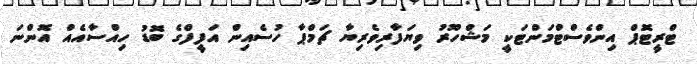
ޓްރީޓޮޕް އިންވެސްޓްމަންޓަކީ މަޝްހޫރު ވިޔަފާރިވެރިޔާ ޗަމްޕާ ހުސެއިން އަފީފްގެ ބޮޑު ހިއްސާއެއް އޮންނަ